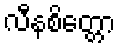
လီနစိတ္တော